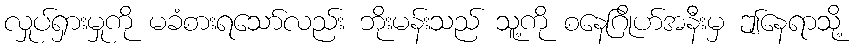
လှုပ်ရှားမှုကို မခံစားရသော်လည်း ဘိုးမန်းသည် သူ့ကို စနေဂြိုဟ်အနီးမှ ဤနေရာသို့